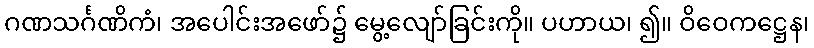
ဂဏသင်္ဂဏိကံ၊ အပေါင်းအဖော်၌ မွေ့လျော်ခြင်းကို။ ပဟာယ၊ ၍။ ဝိဝေကဋ္ဌေန၊